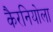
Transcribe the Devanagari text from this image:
कैरनियोला